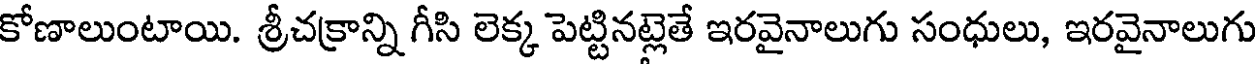
కోణాలుంటాయి. శ్రీచక్రాన్ని గీసి లెక్క పెట్టినట్లెతే ఇరవైనాలుగు సంధులు, ఇరవైనాలుగు